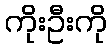
ကိုးဦးကို